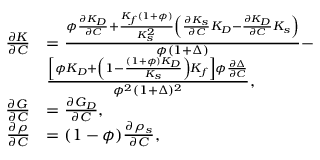
\begin{array} { r } { \begin{array} { r l } { \frac { \partial K } { \partial C } } & { = \frac { \phi \frac { \partial K _ { D } } { \partial C } + \frac { K _ { f } ( 1 + \phi ) } { K _ { s } ^ { 2 } } \left( \frac { \partial K _ { s } } { \partial C } K _ { D } - \frac { \partial K _ { D } } { \partial C } K _ { s } \right) } { \phi ( 1 + \Delta ) } - } \\ & { \frac { \left[ \phi K _ { D } + \left( 1 - \frac { ( 1 + \phi ) K _ { D } } { K _ { s } } \right) K _ { f } \right] \phi \frac { \partial \Delta } { \partial C } } { \phi ^ { 2 } ( 1 + \Delta ) ^ { 2 } } , } \\ { \frac { \partial G } { \partial C } } & { = \frac { \partial G _ { D } } { \partial C } , } \\ { \frac { \partial \rho } { \partial C } } & { = ( 1 - \phi ) \frac { \partial \rho _ { s } } { \partial C } , } \end{array} } \end{array}